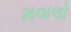
મવાલો